Leaving Certificate Examination (including Day School Certificate (Higher) General paper), 1928
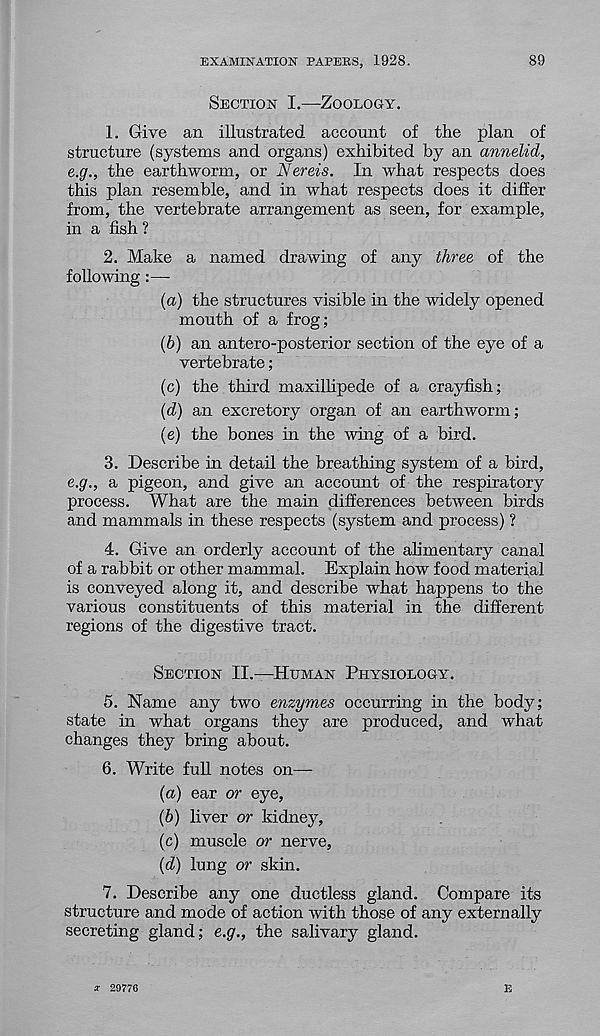
EXAMINATION PAPERS, 1928.
89
Section I.—Zoology.
1. Give an illustrated account of the plan of
structure (systems and organs) exhibited by an annelid,
e.g., the earthworm, or Nereis. In what respects does
this plan resemble, and in what respects does it differ
from, the vertebrate arrangement as seen, for example,
in a fish ?
2. Make a named drawing of any three of the
following:—-
(a) the structures visible in the widely opened
mouth of a frog;
(6) an antero-posterior section of the eye of a
vertebrate;
(c) the third maxillipede of a crayfish;
(d) an excretory organ of an earthworm;
(e) the bones in the wing of a bird.
3. Describe in detail the breathing system of a bird,
e.g., a pigeon, and give an account of the respiratory
process. What are the main differences between birds
and mammals in these respects (system and process) ?
4. Give an orderly account of the alimentary canal
of a rabbit or other mammal. Explain how food material
is conveyed along it, and describe what happens to the
various constituents of this material in the different
regions of the digestive tract.
Section II.—Human Physiology.
5. Name any two enzymes occurring in the body;
state in what organs they are produced, and what
changes they bring about.
6. Write full notes on—
{a) ear or eye,
(b) liver or kidney,
(c) muscle or nerve,
(d) lung or skin.
7. Describe any one ductless gland. Compare its
structure and mode of action with those of any externally
secreting gland; e.g., the salivary gland.
a- 29776
E